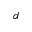
^ { d }